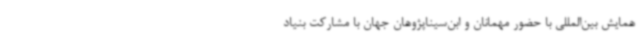
همایش بین‌المللی با حضور مهمانان و ابن‌سیناپژوهان جهان با مشارکت بنیاد